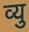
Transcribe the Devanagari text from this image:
व्यु